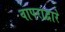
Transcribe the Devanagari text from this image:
वापराद्वारे